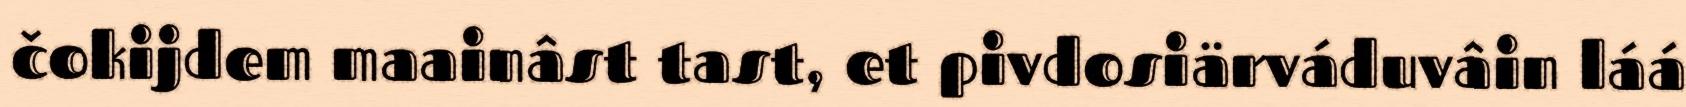
čokijdem maainâst tast, et pivdosiärváduvâin láá